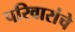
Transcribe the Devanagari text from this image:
परिवारांचे